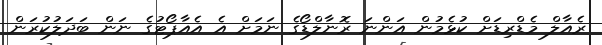
ރެއާލް މެޑްރިޑަށް ކުޅެމުން އަންނަ ރޮނާލްޑޯގެ ނަމަށް އެ އެއާޕޯޓުގެ ނަން ބަދަލުކުރަން